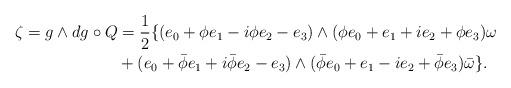
LaTeX: \begin{align*}\zeta = g\wedge dg\circ Q &= \frac{1}{2}\{(e_{0}+\phi e_{1}-i\phi e_{2}-e_{3})\wedge (\phi e_{0} + e_{1} + i e_{2} + \phi e_{3})\omega\\&+ (e_{0}+\bar{\phi} e_{1}+i\bar{\phi} e_{2}-e_{3})\wedge (\bar{\phi} e_{0} + e_{1} - i e_{2} + \bar{\phi} e_{3})\bar{\omega}\}.\end{align*}